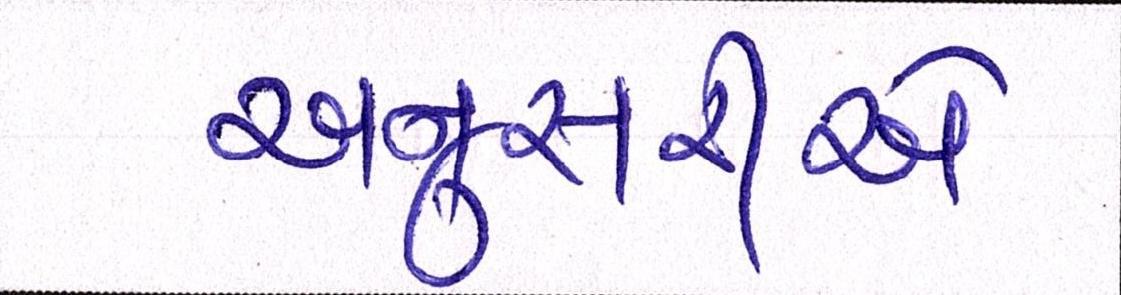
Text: અનુસરીએ